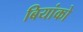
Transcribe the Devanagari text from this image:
बियांको